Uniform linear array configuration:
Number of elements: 4
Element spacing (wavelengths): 0.25
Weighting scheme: blackman
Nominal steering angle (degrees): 60
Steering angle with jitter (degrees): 59.289
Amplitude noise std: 0.05
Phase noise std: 0.05

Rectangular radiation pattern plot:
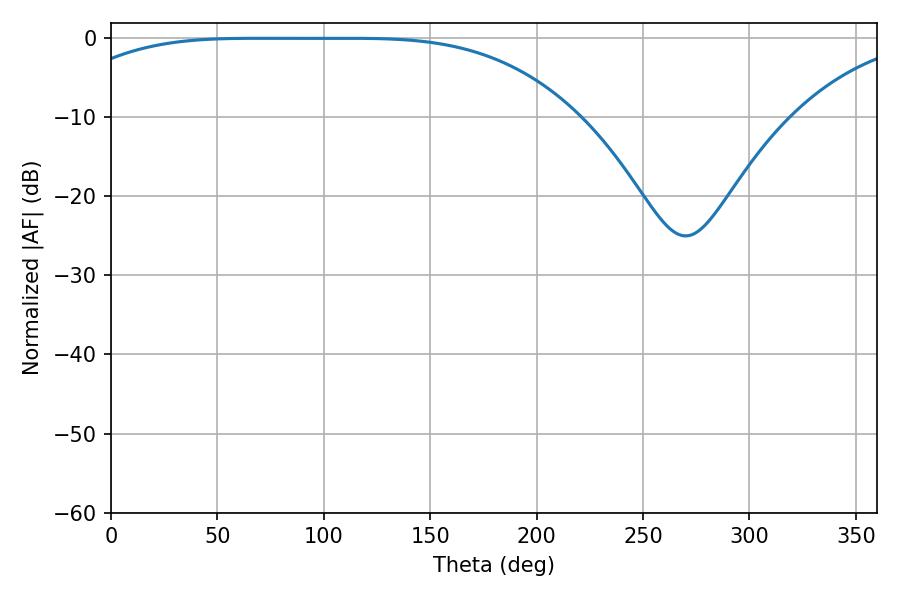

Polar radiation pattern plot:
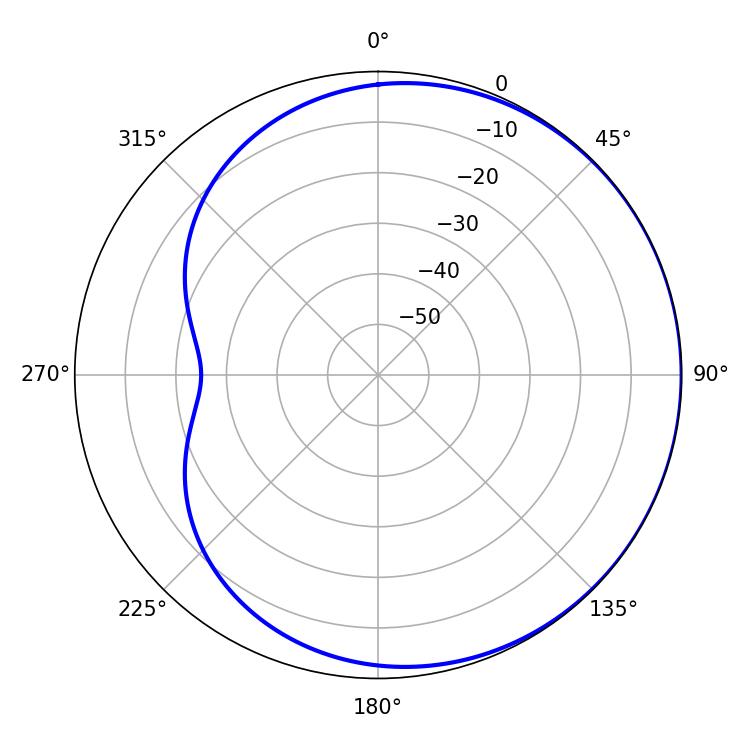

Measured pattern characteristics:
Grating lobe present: FALSE
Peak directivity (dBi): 0.5306
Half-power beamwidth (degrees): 183.78
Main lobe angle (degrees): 68.76